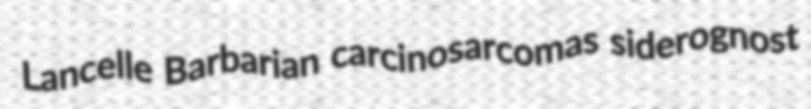
Lancelle Barbarian carcinosarcomas siderognost